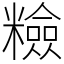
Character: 𥽋